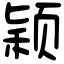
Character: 颖